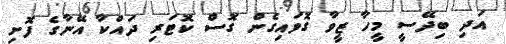
އަދި ބިދޭސީ މީހާ ޒީވާ ގޮވައިގެން ގޮސް ކޮޓަރި ދައްކާ އޭނާގެ ފޮށި